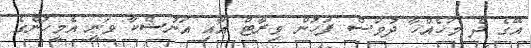
އޭގެ ދެ މަހެއްހާ ދުވަސް ފަހުން ވިރާޓް އާއި އަނުޝްކާ ވަނީ އެމީހުންގެ